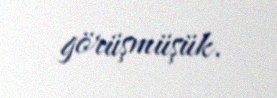
görüşmüşük.